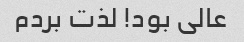
عالی بود! لذت بردم